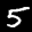
Label: 5